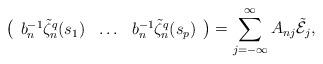
LaTeX: \begin{align*}\left(\begin{array}{ccc}b_n^{-1}\tilde\zeta_n^q(s_1)&\ldots&b_n^{-1}\tilde\zeta_n^q(s_p)\end{array}\right)=\sum_{j=-\infty}^\infty A_{nj}\tilde{\mathcal E}_j,\end{align*}